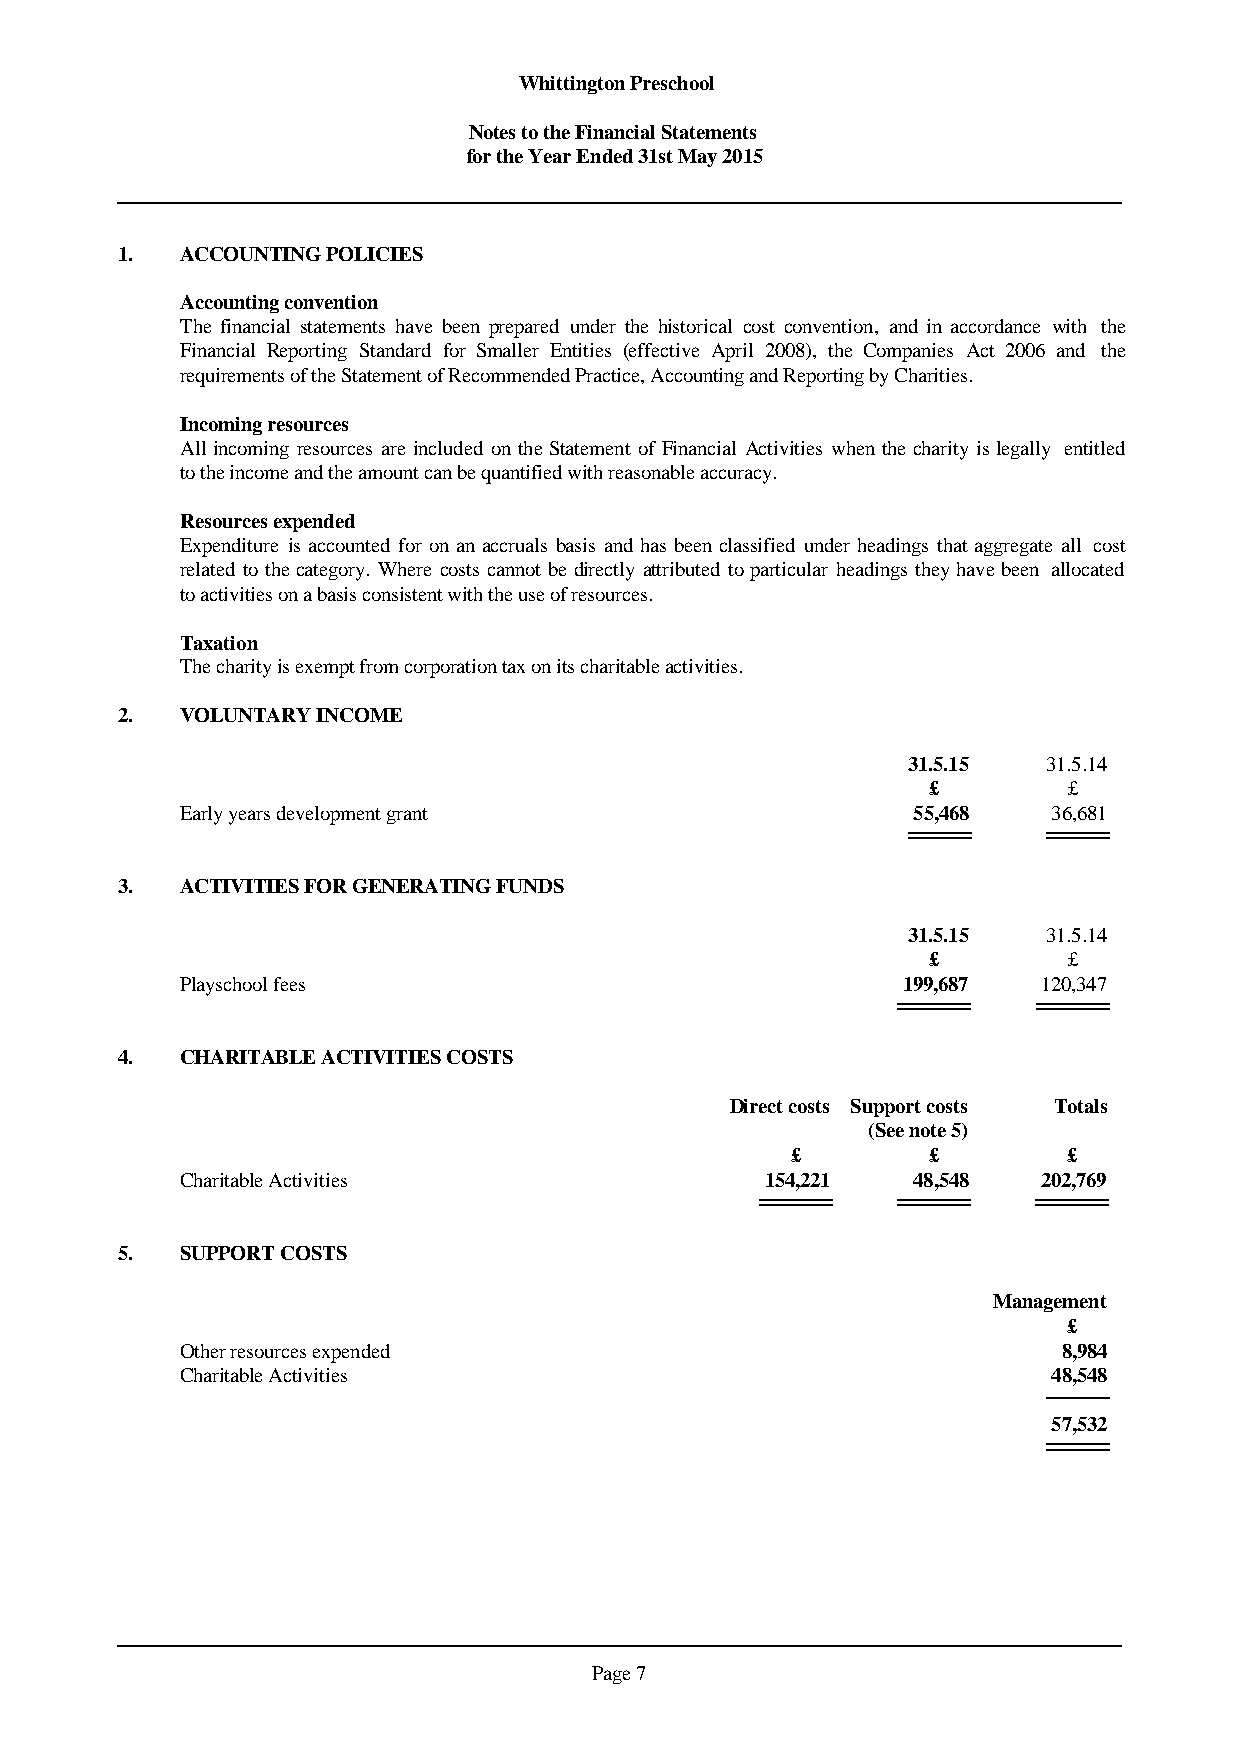
Whittington Preschool
 Notes to the Financial Statements
 for the Year Ended 31st May 2015
 1.  ACCOUNTING POLICIES
 Accounting convention
 The financial statements have been prepared under the historical cost convention, and in accordance with the
 Financial Reporting Standard for Smaller Entities (effective April 2008), the Companies Act 2006 and the
 requirements of the Statement of Recommended Practice, Accounting and Reporting by Charities.
 Incoming resources
 Allincomingresources are included ontheStatementof FinancialActivitieswhenthecharityislegally entitled
 to the income and the amount can be quantified with reasonable accuracy.
 Resources expended
 Expenditure isaccounted for onanaccruals basis and hasbeen classified underheadingsthataggregateall cost
 relatedtothecategory.Wherecostscannotbedirectlyattributedtoparticularheadingstheyhavebeen allocated
 to activities on a basis consistent with the use of resources.
 Taxation
 The charity is exempt from corporation tax on its charitable activities.
 2.  VOLUNTARY INCOME
 31.5.15  31.5.14
 £         £
 Early years development grant                   55,468    36,681
 3.  ACTIVITIES FOR GENERATING FUNDS
 31.5.15  31.5.14
 £         £
 Playschool fees                                 199,687  120,347
 4.  CHARITABLE ACTIVITIES COSTS
 Direct costs Support costs Totals
 (See note 5)
 £        £         £
 Charitable Activities                  154,221  48,548   202,769
 5.  SUPPORT COSTS
 Management
 £
 Other resources expended                                  8,984
 Charitable Activities                                     48,548
 57,532
 Page 7